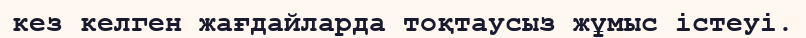
кез келген жағдайларда тоқтаусыз жұмыс істеуі.